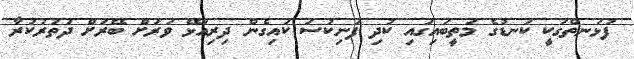
ފުޅަނތްގަކީ ކަނޑުގެ މަތީބައިގައި ކުދި ފަނިކުސަ ކައިގެން ދިރިއުޅޭ ވަރަށް ބޭރަށް ދަތުރުކުރާ